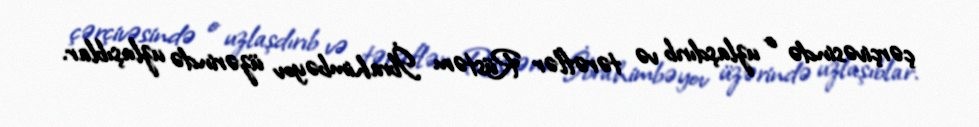
çərçivəsində o uzlaşdırıb və tərəflər Rüstəm İbrahimbəyov üzərində uzlaşıblar.